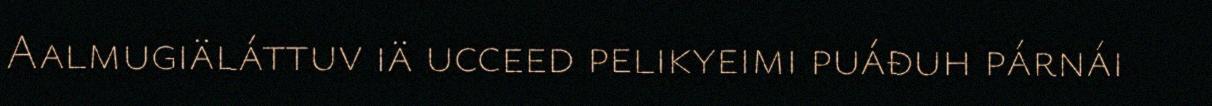
Aalmugiäláttuv iä ucceed pelikyeimi puáđuh párnái